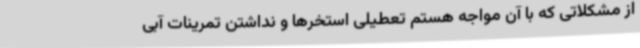
از مشکلاتی که با آن مواجه هستم تعطیلی استخرها و نداشتن تمرینات آبی